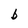
Character: b